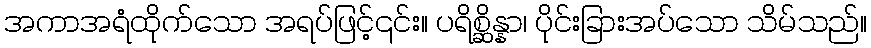
အကာအရံထိုက်သော အရပ်ဖြင့်၎င်း။ ပရိစ္ဆိန္နာ၊ ပိုင်းခြားအပ်သော သိမ်သည်။